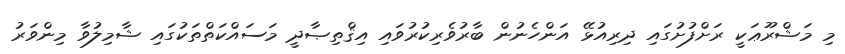
މި މަޝްރޫޢަކީ ރަށްފުށުގައި ދިރިއުޅޭ އަންހެނުން ބާރުވެރިކުރުވައި އިޤްތިޞާދީ މަސައްކަތްތަކުގައި ޝާމިލުވާ މިންވަރު